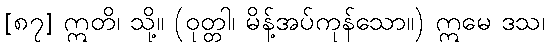
[၈၇] ဣတိ၊ သို့။ (ဝုတ္တါ၊ မိန့်အပ်ကုန်သော။) ဣမေ ဒသ၊